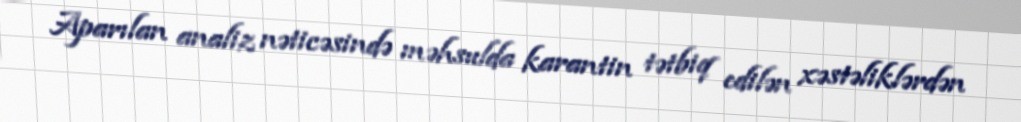
Aparılan analiz nəticəsində məhsulda karantin tətbiq edilən xəstəliklərdən